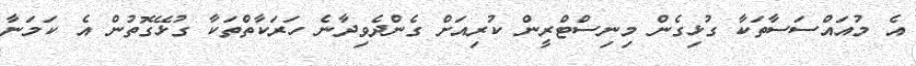
އެ މުއައްސަސާތަކާ ގުޅިގެން މިނިސްޓްރީން ކުރިއަށް ގެންދެވިދާނެ ހަރަކާތްތަކާ ގުޅޭގޮތުން އެ ކަމަނާ